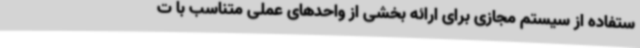
ستفاده از سیستم مجازی برای ارائه بخشی از واحدهای عملی متناسب با ت